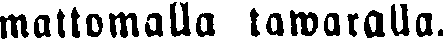
mattomalla tawaralla.